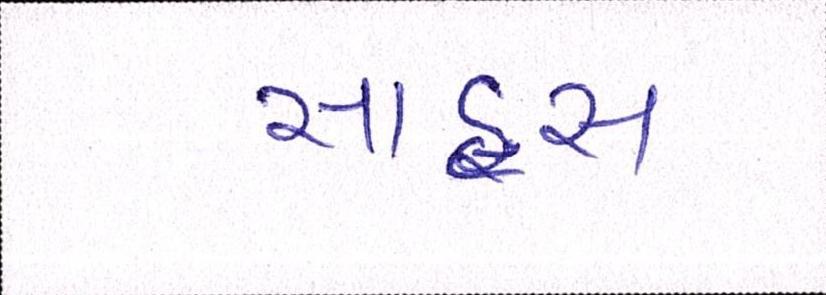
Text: સાહસ